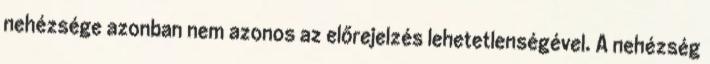
nehézsége azonban nem azonos az előrejelzés lehetetlenségével. A nehézség